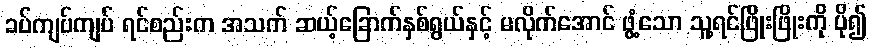
ခပ်ကျပ်ကျပ် ရင်စည်းက အသက် ဆယ့်ခြောက်နှစ်ရွယ်နှင့် မလိုက်အောင် ဖွံ့သော သူ့ရင်ဖြိုးဖြိုးကို ပို၍